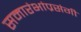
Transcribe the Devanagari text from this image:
समारंभांप्रसंगी